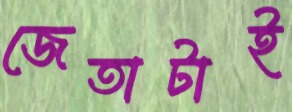
জেতাটাই